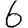
Digit: 6